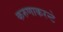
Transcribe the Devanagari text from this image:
करुणाकरन्टे